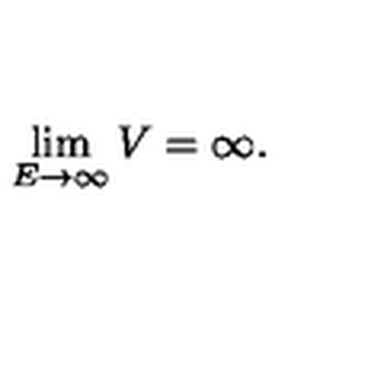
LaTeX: \lim _ { E \to \infty } V = \infty .